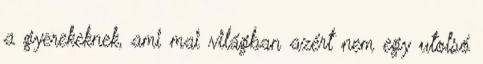
a gyerekeknek, ami mai világban azért nem egy utolsó